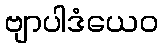
ဗျာပါဒံယေဝ